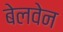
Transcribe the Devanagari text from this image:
बेलवेन